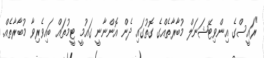
"ރައީސްގެ އިންވިޓޭޝަނަލް މުބާރާތެއްގެ ގޮތުގައި ދެން އޮންނާނީ ގައުމީ ޓީމުތައް ބައިވެރިވާ މުބާރާތެއް.